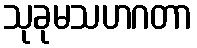
သုခုမသဟဂတာ